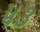
૫૩